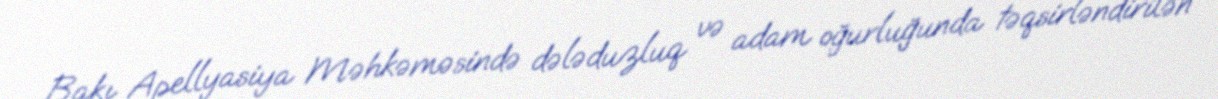
Bakı Apellyasiya Məhkəməsində dələduzluq və adam oğurluğunda təqsirləndirilən